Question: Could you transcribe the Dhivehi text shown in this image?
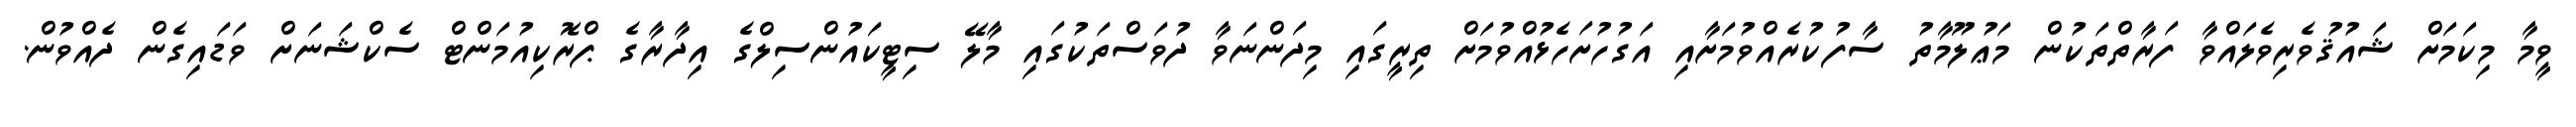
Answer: ވީމާ މިކަމަށް ޝައުޤުވެރިވެލައްވާ ފަރާތްތަކުން މަޢުލޫމާތު ސާފުކުރެއްވުމަށާއި އަގުހުށަހެޅުއްވުމަށް ތިރީގައި މިދަންނަވާ ދުވަސްތަކުގައި މާލޭ ސިޓީކައުންސިލްގެ އިދާރާގެ ޕްރޮކިއުމަންޓް ސެކްޝަނަށް ވަޑައިގެން ދެއްވުން.